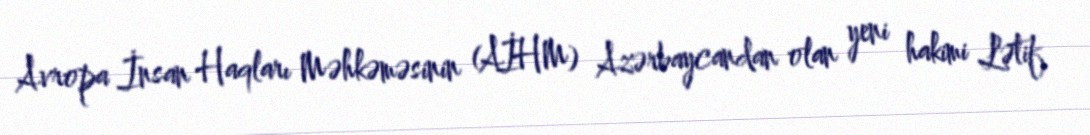
Avropa İnsan Haqları Məhkəməsinin (AİHM) Azərbaycandan olan yeni hakimi Lətif